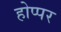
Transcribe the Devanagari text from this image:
होप्पर